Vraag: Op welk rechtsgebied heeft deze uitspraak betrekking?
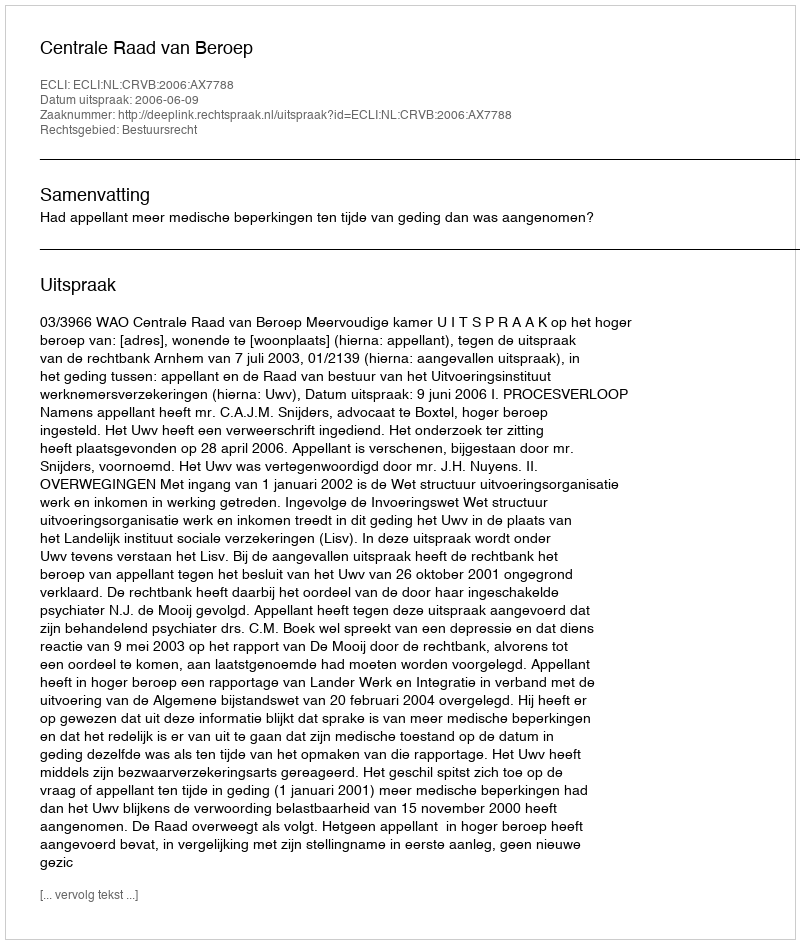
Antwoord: Bestuursrecht